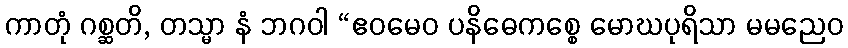
ကာတုံ ဂစ္ဆတိ, တသ္မာ နံ ဘဂဝါ “ဧဝမေဝ ပနိဓေကစ္စေ မောဃပုရိသာ မမညေဝ